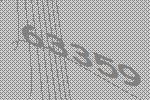
63359